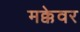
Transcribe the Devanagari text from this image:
मक्केवर